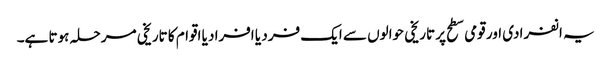
یہ انفرادی اور قومی سطح پر تاریخی حوالوں سے ایک فرد یا افراد یا اقوام کا تاریخی مرحلہ ہوتا ہے۔